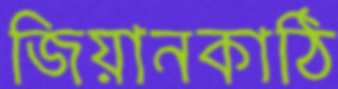
জিয়ানকাঠি